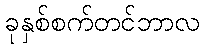
ခုနှစ်စက်တင်ဘာလ